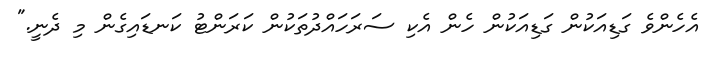
އެހެންވެ ގަޑިއަކުން ގަޑިއަކުން ހެން އެކި ސަރަހައްދުތަކުން ކަރަންޓު ކަނޑައިގެން މި ދެނީ."